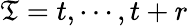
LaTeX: \mathfrak T=t,\cdots,t+r